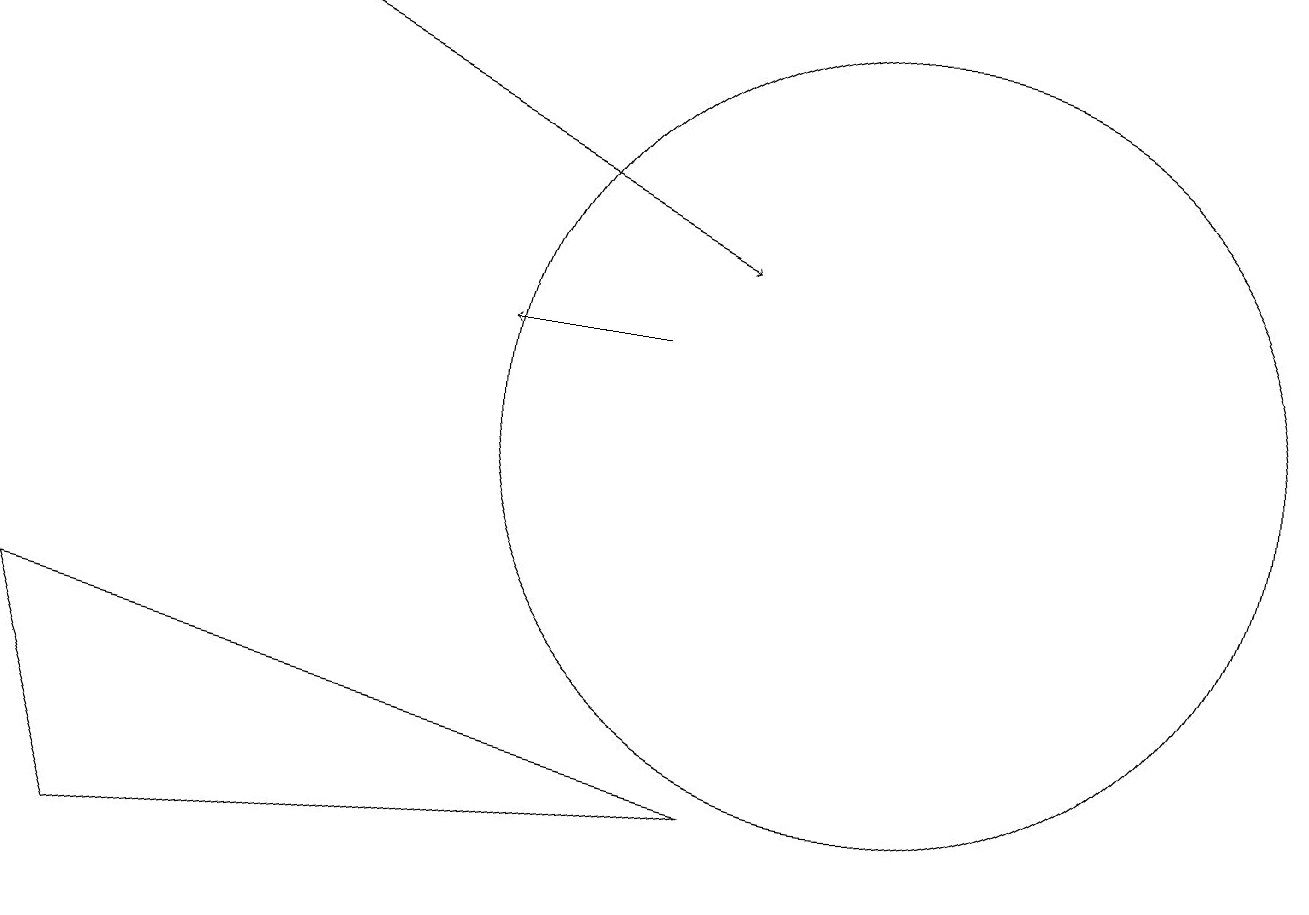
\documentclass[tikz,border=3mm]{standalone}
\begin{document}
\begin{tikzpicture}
\draw (0,7) -- (9,5) -- (1,4) -- cycle;
\draw[->] (3,15) -- (9,12);
\draw (11,10) circle (5);
\draw[->] (8,11) -- (6,11);
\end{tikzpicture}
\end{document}